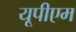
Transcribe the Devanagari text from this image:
यूपीएम